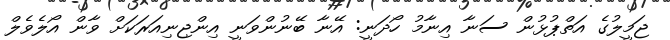
ޖަމީލުގެ އަތްޕުޅުން ސަނާ އިނާމު ހޯދަނީ: އޭނާ ބޭނުންވަނީ އިންޖިނިއަރަކަށް ވާން އޯލެވެލް